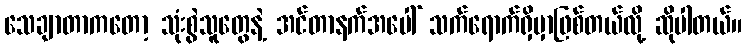
သေချာတာကတော့ သုံးစွဲသူတွေနဲ့ အင်တာနက်အပေါ် သက်ရောက်ရှိမှာဖြစ်တယ်လို့ ဆိုပါတယ်။